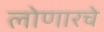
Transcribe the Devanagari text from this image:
लोणारचे